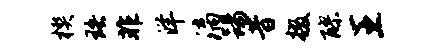
楔珞非洋漓踢昔掇醪王